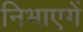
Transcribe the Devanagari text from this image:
निभाएगें